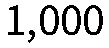
1,000